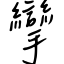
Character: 攣